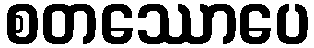
စတဿောပေ